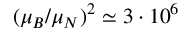
( \mu _ { B } / \mu _ { N } ) ^ { 2 } \simeq 3 \cdot 1 0 ^ { 6 }